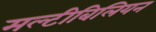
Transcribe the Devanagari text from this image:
मल्टीबिलियन